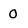
Character: 0